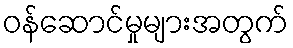
ဝန်ဆောင်မှုများအတွက်